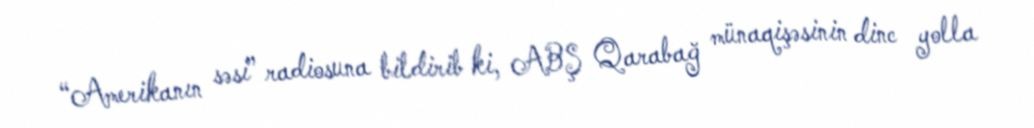
“Amerikanın səsi” radiosuna bildirib ki, ABŞ Qarabağ münaqişəsinin dinc yolla